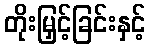
တိုးမြှင့်ခြင်းနှင့်